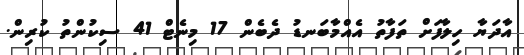
އާދަޔާ ހިލާފަށް ތަފާތު އެއްމާބަނޑު ދެބެން 17 މިނެޓް 41 ސިކުންތު ކުރިން.